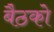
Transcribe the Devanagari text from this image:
बैठको